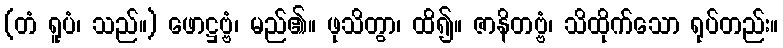
(တံ ရူပံ၊ သည်။) ဖောဋ္ဌဗ္ဗံ၊ မည်၏။ ဖုသိတွာ၊ ထိ၍။ ဇာနိတဗ္ဗံ၊ သိထိုက်သော ရုပ်တည်း။